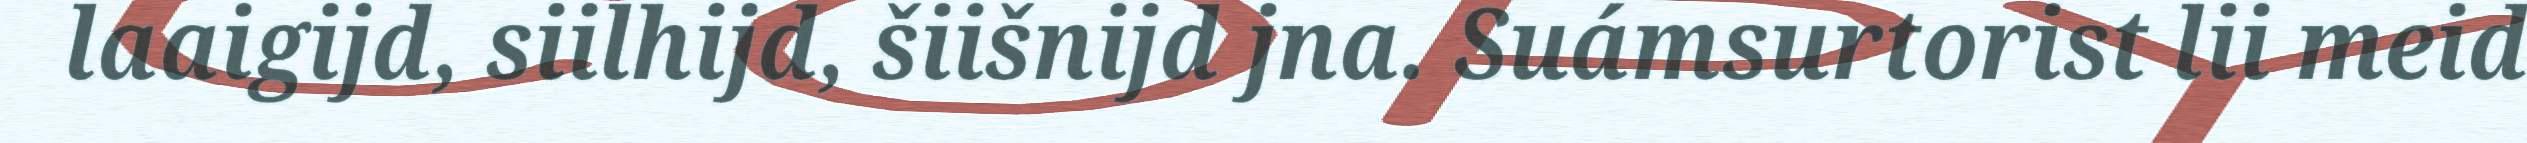
laaigijd, siilhijd, šiišnijd jna. Suámsurtorist lii meid